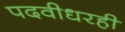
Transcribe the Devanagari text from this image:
पदवीधरही